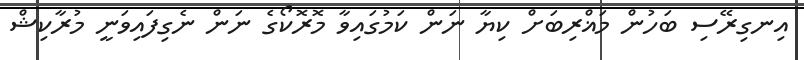
އިނގިރޭސި ބަހުން މަޣްރިބަށް ކިޔާ ނަން ކަމުގައިވާ މޮރޮކޯގެ ނަން ނެގިފައިވަނީ މުރާކިޝް